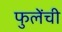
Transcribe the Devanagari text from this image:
फुलेंची